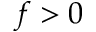
f > 0